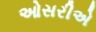
ઓસરીએ